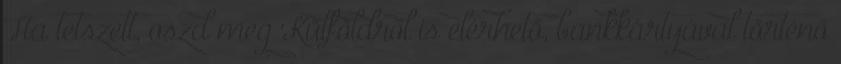
Ha tetszett, oszd meg Külföldről is elérhető, bankkártyával történő